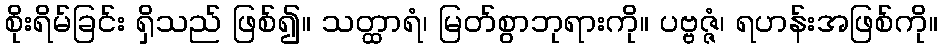
စိုးရိမ်ခြင်း ရှိသည် ဖြစ်၍။ သတ္ထာရံ၊ မြတ်စွာဘုရားကို။ ပဗ္ဗဇ္ဇံ၊ ရဟန်းအဖြစ်ကို။